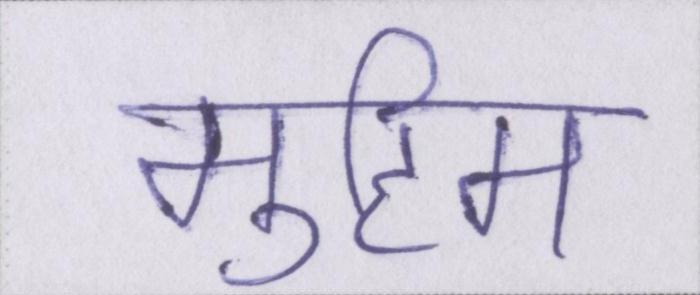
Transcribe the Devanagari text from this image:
मुहिम